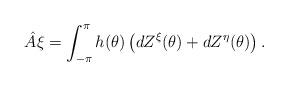
LaTeX: \begin{align*} \hat{A} \xi = \int_{-\pi}^{\pi} {h}(\theta) \left(d Z^{\xi}(\theta) + dZ^{\eta}(\theta) \right). \end{align*}